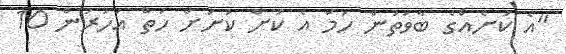
"އެ ކުށެއްގެ ބާވަތުން ހަމަ އެ ކުށް ކުށަށް ހަތް އަހަރުން 10